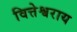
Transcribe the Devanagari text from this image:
वित्तेश्वराय